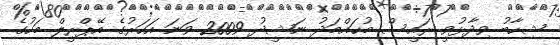
ޝިހާބު ވިދާޅުވީ ރައީސް މުޙައްމަދު ނަޝީދު 2009 ވަނަ އަހަރުގެ އޭޕްރީލް މަހުގެ